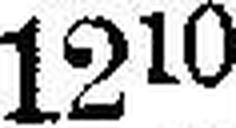
12«